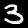
Digit: 3